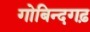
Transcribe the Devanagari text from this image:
गोबिन्दगढ़